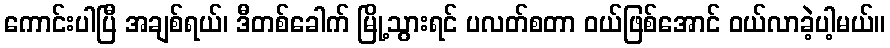
ကောင်းပါပြီ အချစ်ရယ်၊ ဒီတစ်ခေါက် မြို့သွားရင် ပလတ်စတာ ဝယ်ဖြစ်အောင် ဝယ်လာခဲ့ပါ့မယ်။